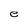
Character: e